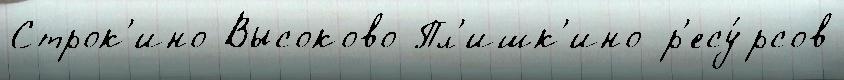
Строк'ино Высоково Пл'ишк'ино р'есу́рсов